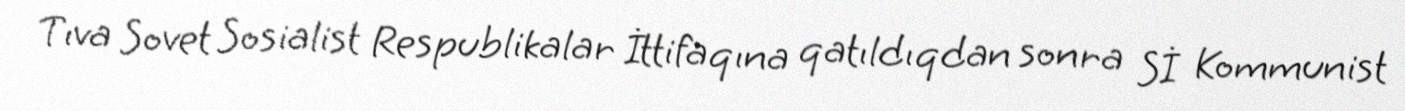
Tıva Sovet Sosialist Respublikalar İttifaqına qatıldıqdan sonra Sİ Kommunist